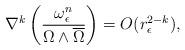
LaTeX: \begin{align*} \nabla^k\left( \frac{\omega_\epsilon^n}{\Omega\wedge\overline\Omega}\right) =O(r_\epsilon^{2-k}), \end{align*}